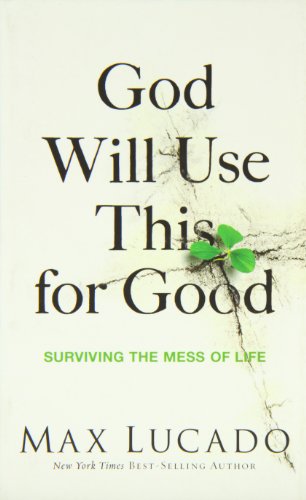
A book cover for God Will Use This for Good: Surviving the Mess of Life; Max Lucado; Christian Books & Bibles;